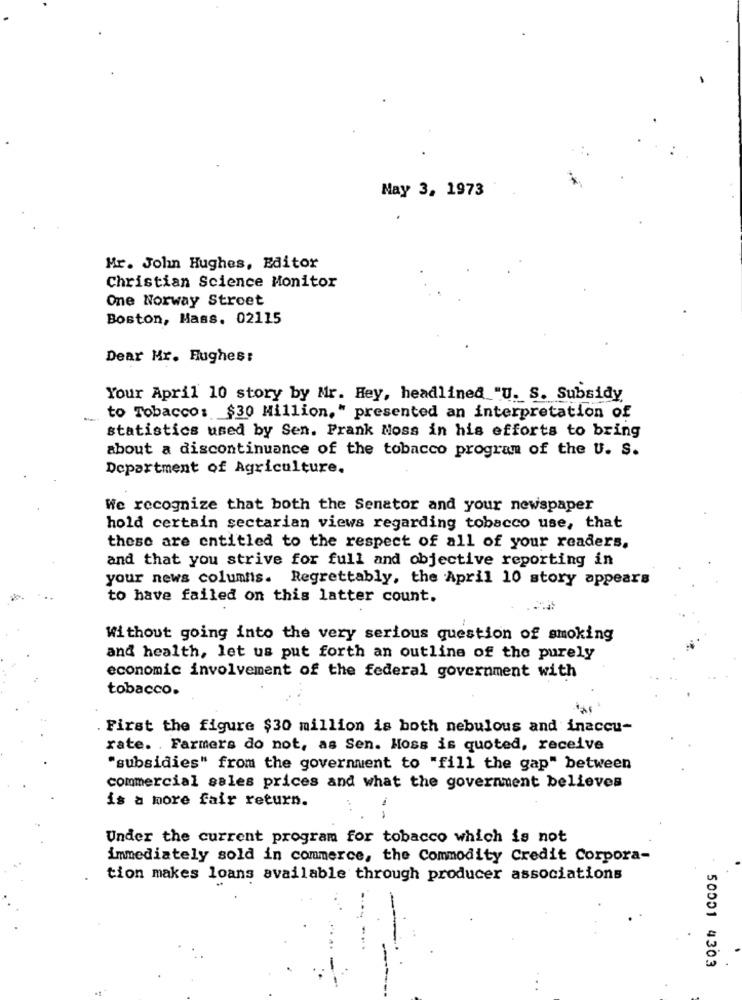
May 3, 1973
Mr. John Hughes, Editor
Christian Science Monitor
One Norway Stroet
Boston, Mass. 02115
Dear Mr. Hughes:
Your April 10 story by Mr. Hey, headlined "U. S. Subsidy
to Tobacco: $30 Million." presented an interpretation of
statistics used by Sen. Frank Moss in his efforts to bring
about a discontinuance of the tobacco program of the U. S.
Department of Agriculture.
We recognize that both the Senator and your newspaper
hold certain sectarian views regarding tobacco use, that
these are entitled to the respect of all of your readers,
and that you strive for full and objective reporting in
your news columnis. Regrettably, the April 10 story appears
to have failed on this latter count.
Without going into the very serious question of smoking
and health, let us put forth an outline of the purely
economic involvement of the federal government with
tobacco.
First the figure $30 million is both nebulous and inaccu-
rate. . Farmers do not, as Sen. Hoss is quoted, receive
"subsidies" from the government to "fill the gap" between
commercial sales prices and what the government believes
is a more fair return.
Under the current program for tobacco which is not
immediately sold in commerce, the Commodity Credit Corpora-
tion makes loans available through producer associations
50001 4303